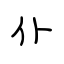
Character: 仆